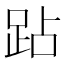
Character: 跕